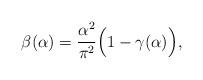
LaTeX: \begin{align*}\beta(\alpha) = \frac{\alpha^2}{\pi^2}\Big(1-\gamma(\alpha)\Big),\end{align*}